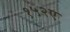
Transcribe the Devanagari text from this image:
१५२ए